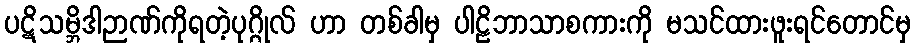
ပဋိသမ္ဘိဒါဉာဏ်ကိုရတဲ့ပုဂ္ဂိုလ် ဟာ တစ်ခါမှ ပါဠိဘာသာစကားကို မသင်ထားဖူးရင်တောင်မှ